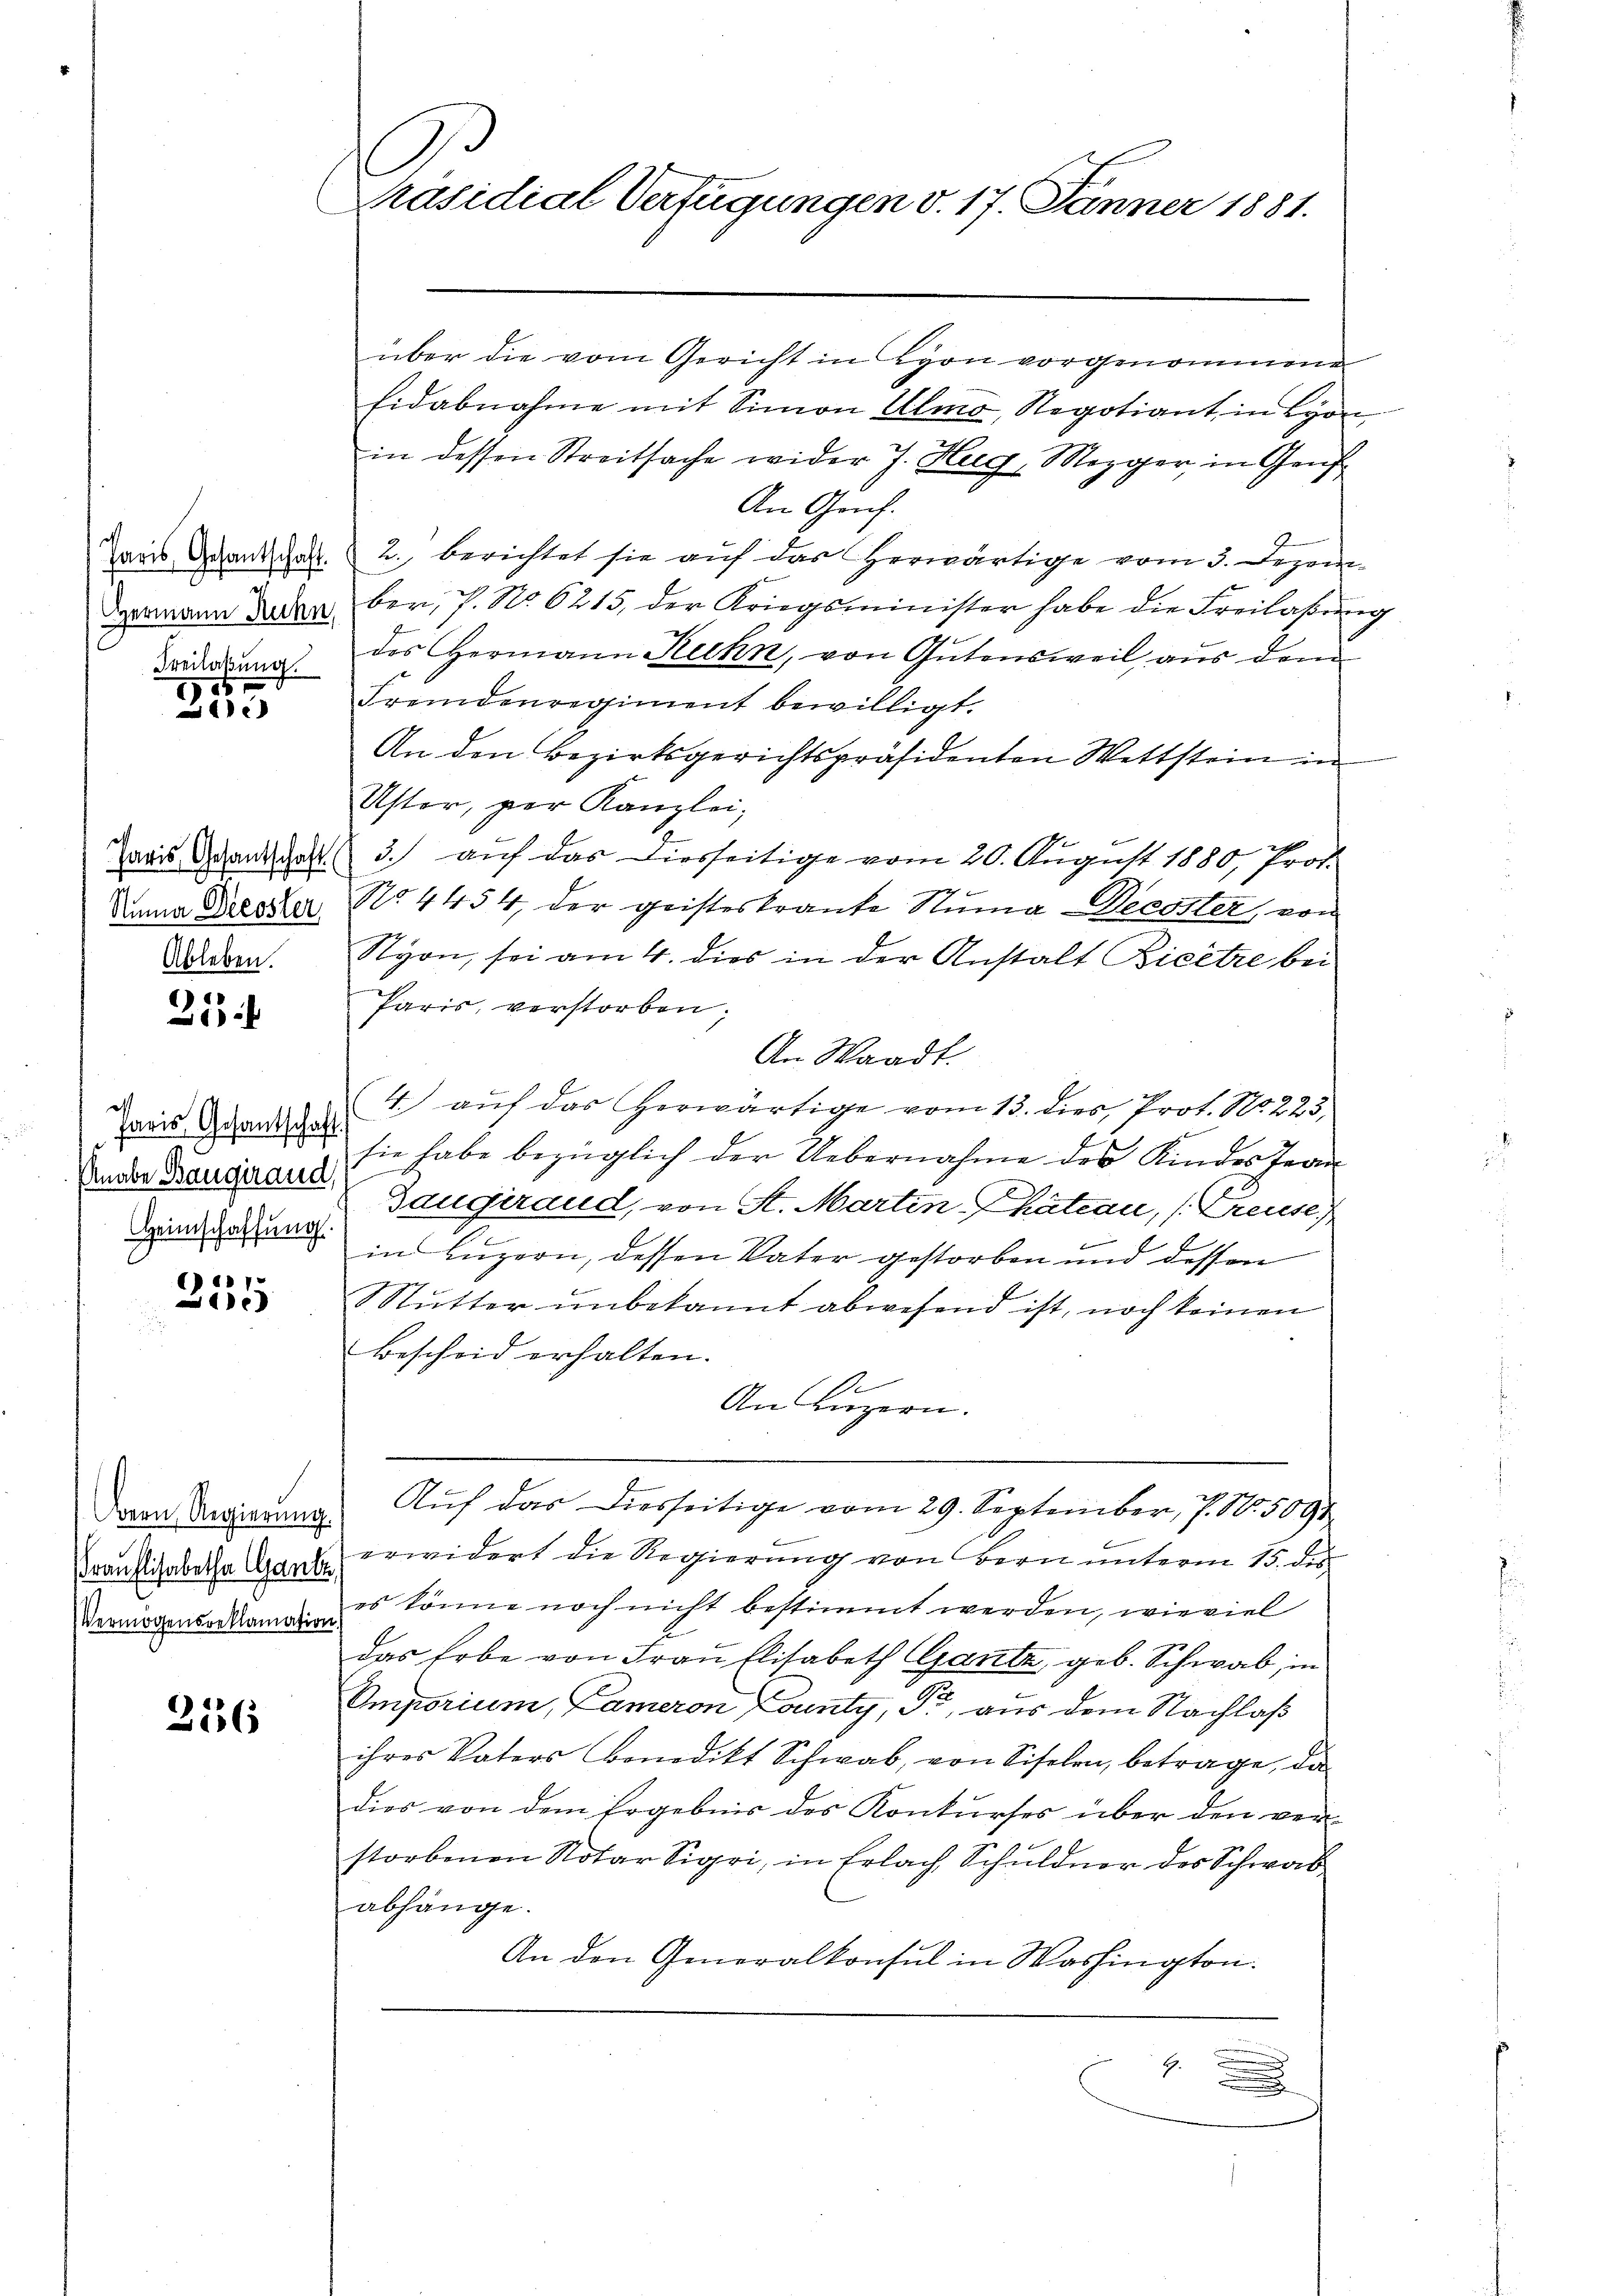
Hermann Ruhn,
Freilaßung.
115

1

Numa Diessler,
Ableben.

21.

Paris Gesantschaft
Knabe Bangirand,
Heimschaffung.

e
1

rauflisabetha Gante,
Vermögensreklamation

2136

1
Präsidial Verfügungen v. 17. Jänner 1881.

über die vom Gericht in Lyon vorgenommene
Eidabnahme mit Simon Almo, Negotiant in Lyon
in dessen Streitsache wider J. Hug, Mezger in Genf
An Graf.
Paris Gesantschaft 2. berichtet sie auf das herwärtige vom 3. Dezember, 7. No. 6215, der Kriegsminister habe die Freilassŭng
des Hermann Kuhn, von Gutensweil aus dem
Fremdenregiment bewilligt.
An den Bezirksgerichtspräsidenten Wettstein in
Uster, per Kanzlei,
Zaais Grandat 3. auf das diesseitige vom 20. August 1880, Prof.
No 4454, der geisteskrante Suma Decoster, von
Styon, sei am 4. dies in der Anstalt Bicêtre bei
Paris, verstorben;
An Waadt.
4.) auf das Horwärtige vom 13. dies, Prot. N. 223,
E
sie habe bezüglich der Uebernahme des Kindes Fran

Gauderand, von St. Martin Chateau, Treuse
2
in Luzern, dessen Vater gestorben und dessen
Mutter unbekannt abwesend ist, noch keinen
Bescheid erhalten.
s
An Luzern.
.
Dron Regierung Aŭf das diesseitige vom 29. September, p. N. 5098
erwidert die Regierung von Bern unterm 15. des
es könne noch nicht bestimmt werden, wieviel
das Erbe von Frau Elisabeth Ganta, geb. Schwab, in
Emporium, Cameron County, Pr., aus dem Nachlaß
ihres Vaters Benedikt Schwab, von Siselen, betrage, da
dies von dem Ergebnis des Konkurses über den verstorbenen Notar Sigri, in Erlach Schuldner des Schwab
abhänge.
An den Generalkonsul in Washington.
.